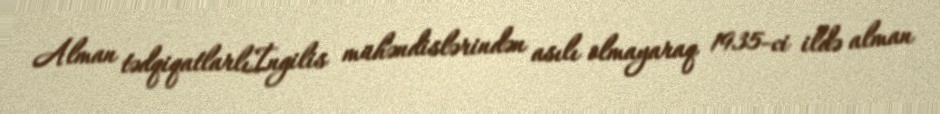
Alman tədqiqatlarlıİngilis mühəndislərindən asılı olmayaraq 1935-ci ildə alman